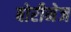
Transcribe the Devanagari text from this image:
बोरीनेज